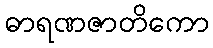
ဓာရဏဇာတိကော